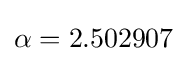
\alpha =2.502907